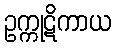
ဥက္ကုဋိကာယ